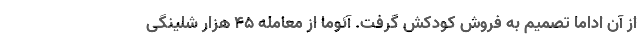
از آن اداما تصمیم به فروش کودکش گرفت. آئوما از معامله 45 هزار شلینگی